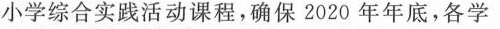
小学综合实践活动课程，确保2020年年底，各学